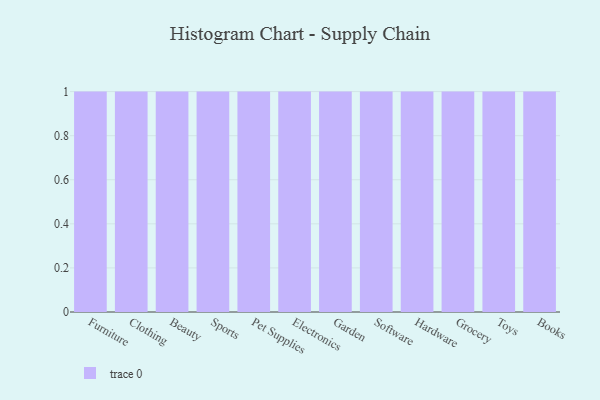
{"axis": {"x": "Category", "y": "Temperature (°C)"}, "legend": [""], "data": [{"x": "Furniture", "y": 99, "type": ""}, {"x": "Clothing", "y": 62, "type": ""}, {"x": "Beauty", "y": 50, "type": ""}, {"x": "Sports", "y": 31, "type": ""}, {"x": "Pet Supplies", "y": 47, "type": ""}, {"x": "Electronics", "y": 91, "type": ""}, {"x": "Garden", "y": 41, "type": ""}, {"x": "Software", "y": 22, "type": ""}, {"x": "Hardware", "y": 63, "type": ""}, {"x": "Grocery", "y": 14, "type": ""}, {"x": "Toys", "y": 80, "type": ""}, {"x": "Books", "y": 77, "type": ""}]}